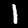
Digit: 1